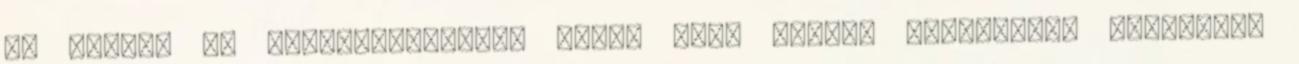
is kiállt az antiszemitizmus ellen Több embert megkéselt, egyiküket